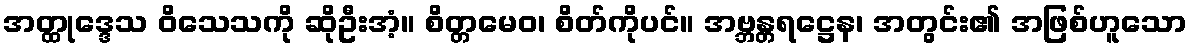
အတ္ထုဒ္ဒေသ ဝိသေသကို ဆိုဦးအံ့။ စိတ္တမေဝ၊ စိတ်ကိုပင်။ အဗ္ဘန္တရဋ္ဌေန၊ အတွင်း၏ အဖြစ်ဟူသော